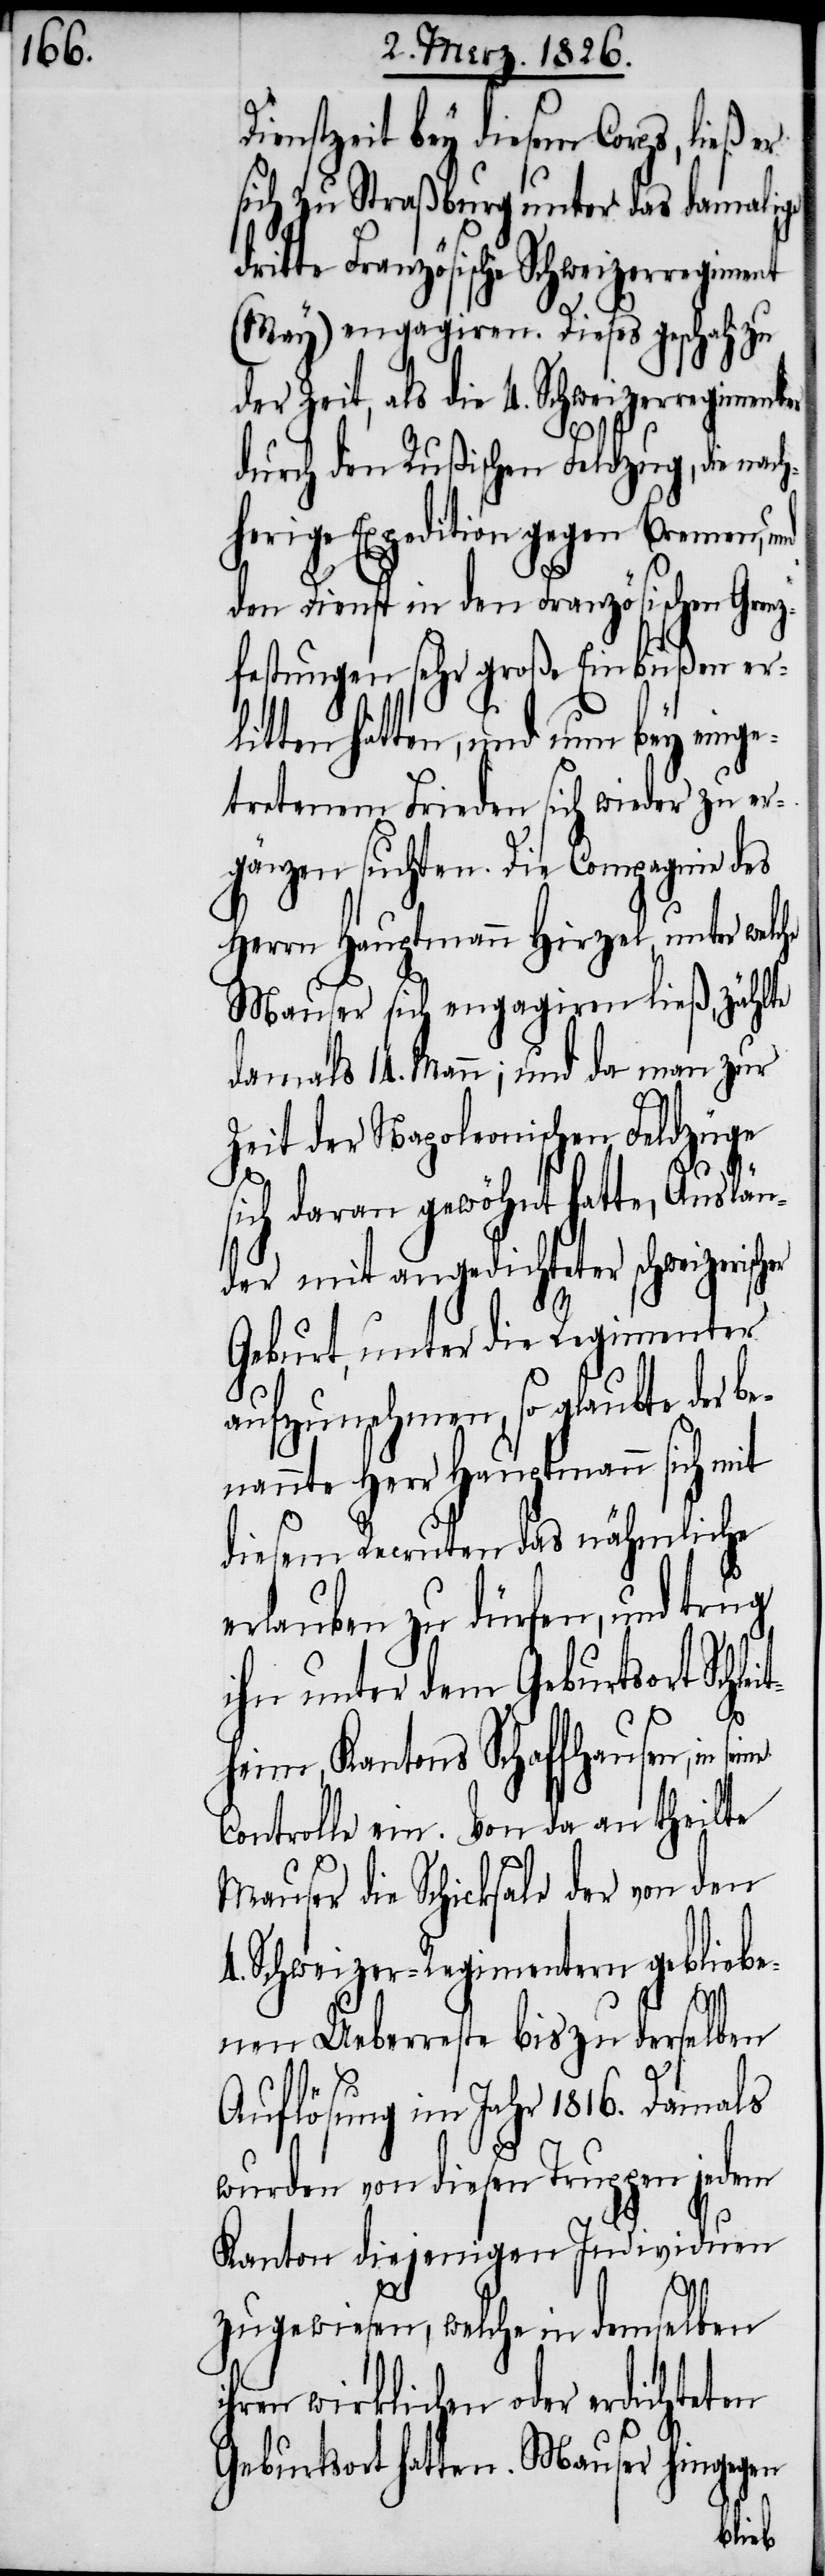
Dienstzeit bey diesem Corps, ließ
sich zu Straßburg unter das damalige
ritte Französische Schweizerregiment
(May) engagiren. Dieses geschah zu
der Zeit, als die 4. Schweizerregimenter
leit¬
durch den Rußischen Feldzug, die nach¬
herige Expedition gegen Bremen,
den Dienst in den Französischen Gren¬
zfestungen sehr große Einbußen er¬
litten hatten, und nun bey einge¬
tretenem Frieden sich wieder zu er¬
gänzen suchten. Die Compagnie des
Herrn Hauptmann Hirzel, unter we¬
Mauser sich engagiren ließ, zählte
damals 14. Mann; und da man zur
Zeit der Napoleonischen Feldzüge
ich daran gewöhnt hatte, Ausl¬
der mit angedichteter schweizerisch¬
Geburt, unter die Regimenter
aufzunehmen, so glaubte der b¬
enannte Herr Hauptmann sich mit
diesem Recruten das nähmliche
erlauben zu dürfen, und trug
ihn unter dem Geburtsort Sch¬
heim, Kantons Schaffhausen, in
Controlle ein. Von da an theilte
Mauser die Schicksale der von den
4. Regimentern gebliebe¬
nen Ueberreste bis zu derselben
Auflösung im Jahr 1816. Damals
wurden von diesen Truppen jedem
Kanton diejenigen Individuen
zugewiesen, welche in demselben
ihren wirklichen oder erdichteten
Geburtsort hatten. Mauser